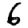
Digit: 6